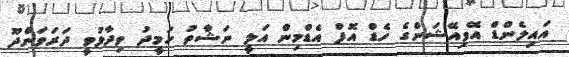
އައިލެންޑް އޭވިއޭޝަންގެ ހެޑް އޮފް އެޑްމިން އަލީ ނަޝާތު ހަމީދު ވިދާޅުވީ ދަރަވަންދޫ